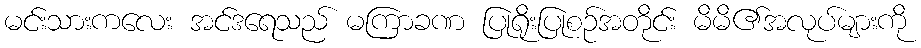
မင်းသားကလေး အင်ဒရေသည် မကြာခဏ ပြုရိုးပြုစဉ်အတိုင်း မိမိ၏အလုပ်များကို